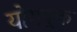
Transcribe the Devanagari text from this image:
योगयुक्त